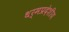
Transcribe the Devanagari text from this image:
धर्मप्रदेशीय